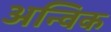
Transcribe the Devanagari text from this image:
अन्विक